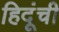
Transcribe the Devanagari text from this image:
हिदूंची